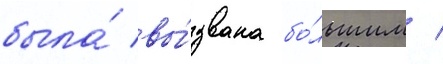
была́ вы́звана бо́льшим /